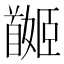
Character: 𩠯